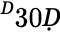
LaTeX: ^Ḋ30Ḍ